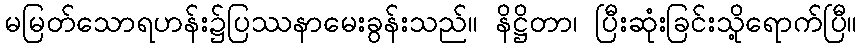
မမြတ်သောရဟန်း၌ပြဿနာမေးခွန်းသည်။ နိဋ္ဌိတာ၊ ပြီးဆုံးခြင်းသို့ရောက်ပြီ။